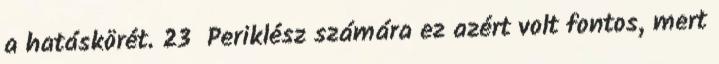
a hatáskörét. 23 Periklész számára ez azért volt fontos, mert